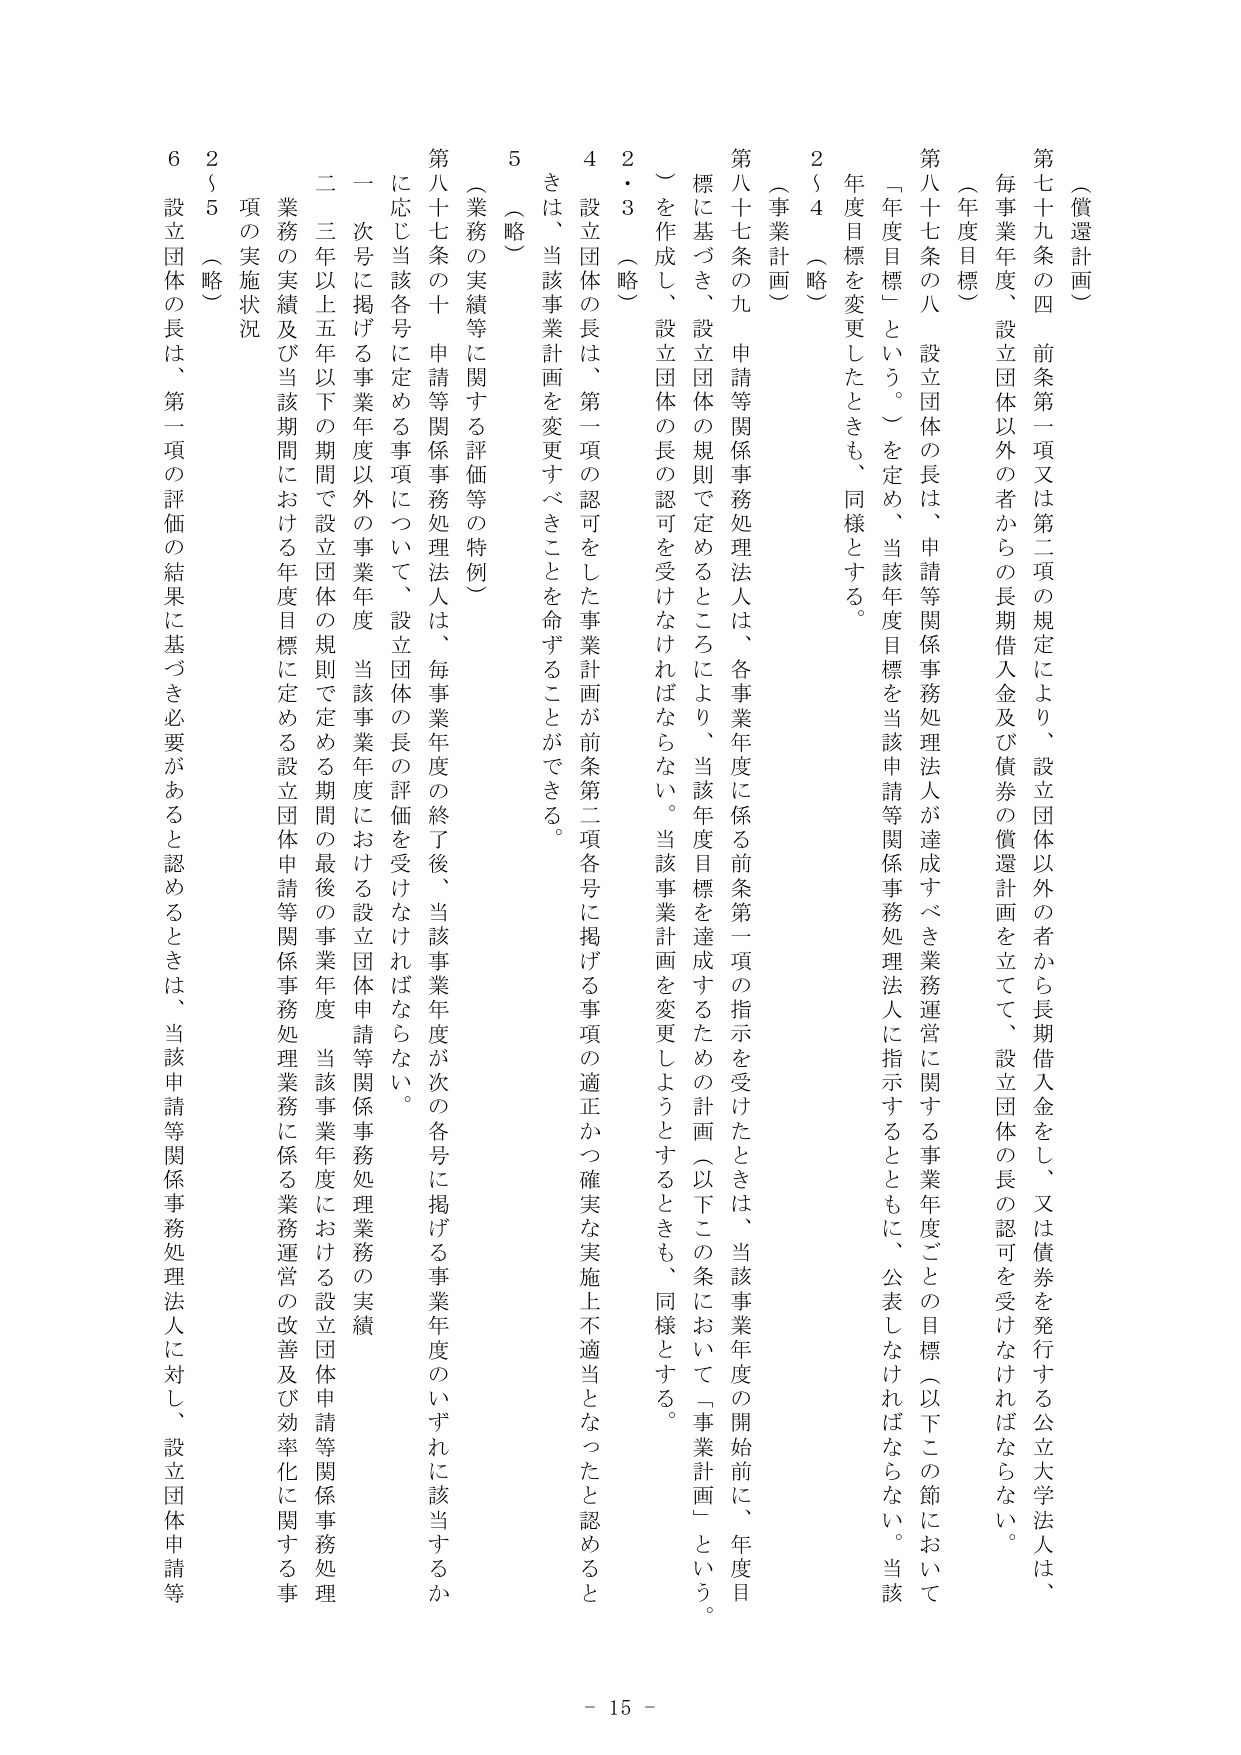
（償還計画）

第七十九条の四 前条第一項又は第二項の規定により、設立団体以外の者から長期借入金をし、又は債券を発行する公立大学法人は、
毎事業年度、設立団体以外の者からの長期借入金及び債券の償還計画を立てて、設立団体の長の認可を受けなければならない。

（年度目標）

第八十七条の八 設立団体の長は、申請等関係事務処理法人は、各事業年度ごとの目標（以下この節において
「年度目標」という。）を定め、当該年度目標を当該申請等関係事務処理法人に指示するとともに、公表しなければならない。当該
年度目標を変更したときも、同様とする。

2（4）（略）

（事業計画）

第八十七条の九 申請等関係事務処理法人は、各事業年度に係る前条第一項の指示を受けたときは、当該事業年度の開始前に、年度目
標に基づき、設立団体の規則で定めるところにより、当該年度目標を達成するための計画（以下この条において「事業計画」という。
）を作成し、設立団体の長の認可を受けなければならない。当該事業計画を変更しようとするときも、同様とする。

2・3（略）

4 設立団体の長は、第一項の認可をした事業計画が前条第二項各号に掲げる事項の適正かつ確実な実施上不適当となったと認めると
きは、当該事業計画を変更すべきことを命ずることができる。

5（略）

（業務の実績等に関する評価等の特例）

第八十七条の十 申請等関係事務処理法人は、毎事業年度の終了後、当該事業年度が次の各号に掲げる事業年度のいずれに該当するか
に応じ当該各号に定める事項について、設立団体の長の評価を受けなければならない。

一 次号に掲げる事業年度以外の事業年度 当該事業年度における設立団体申請等関係事務処理業務の実績

二 三年以上五年以下の期間で設立団体の規則で定める期間の最後の事業年度 当該事業年度における設立団体申請等関係事務処理
業務の実績及び当該期間における年度目標に定める設立団体申請等関係事務処理業務に係る業務運営の改善及び効率化に関する事
項の実施状況

2（5）（略）

6 設立団体の長は、第一項の評価の結果に基づき必要があると認めるときは、当該申請等関係事務処理法人に対し、設立団体申請等

- 15 -